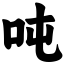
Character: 吨